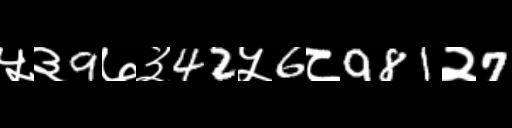
Text: ५३9७३42५6८981२7